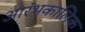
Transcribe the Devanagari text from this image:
आरंभकालिक